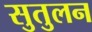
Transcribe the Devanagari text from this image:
सुतुलन